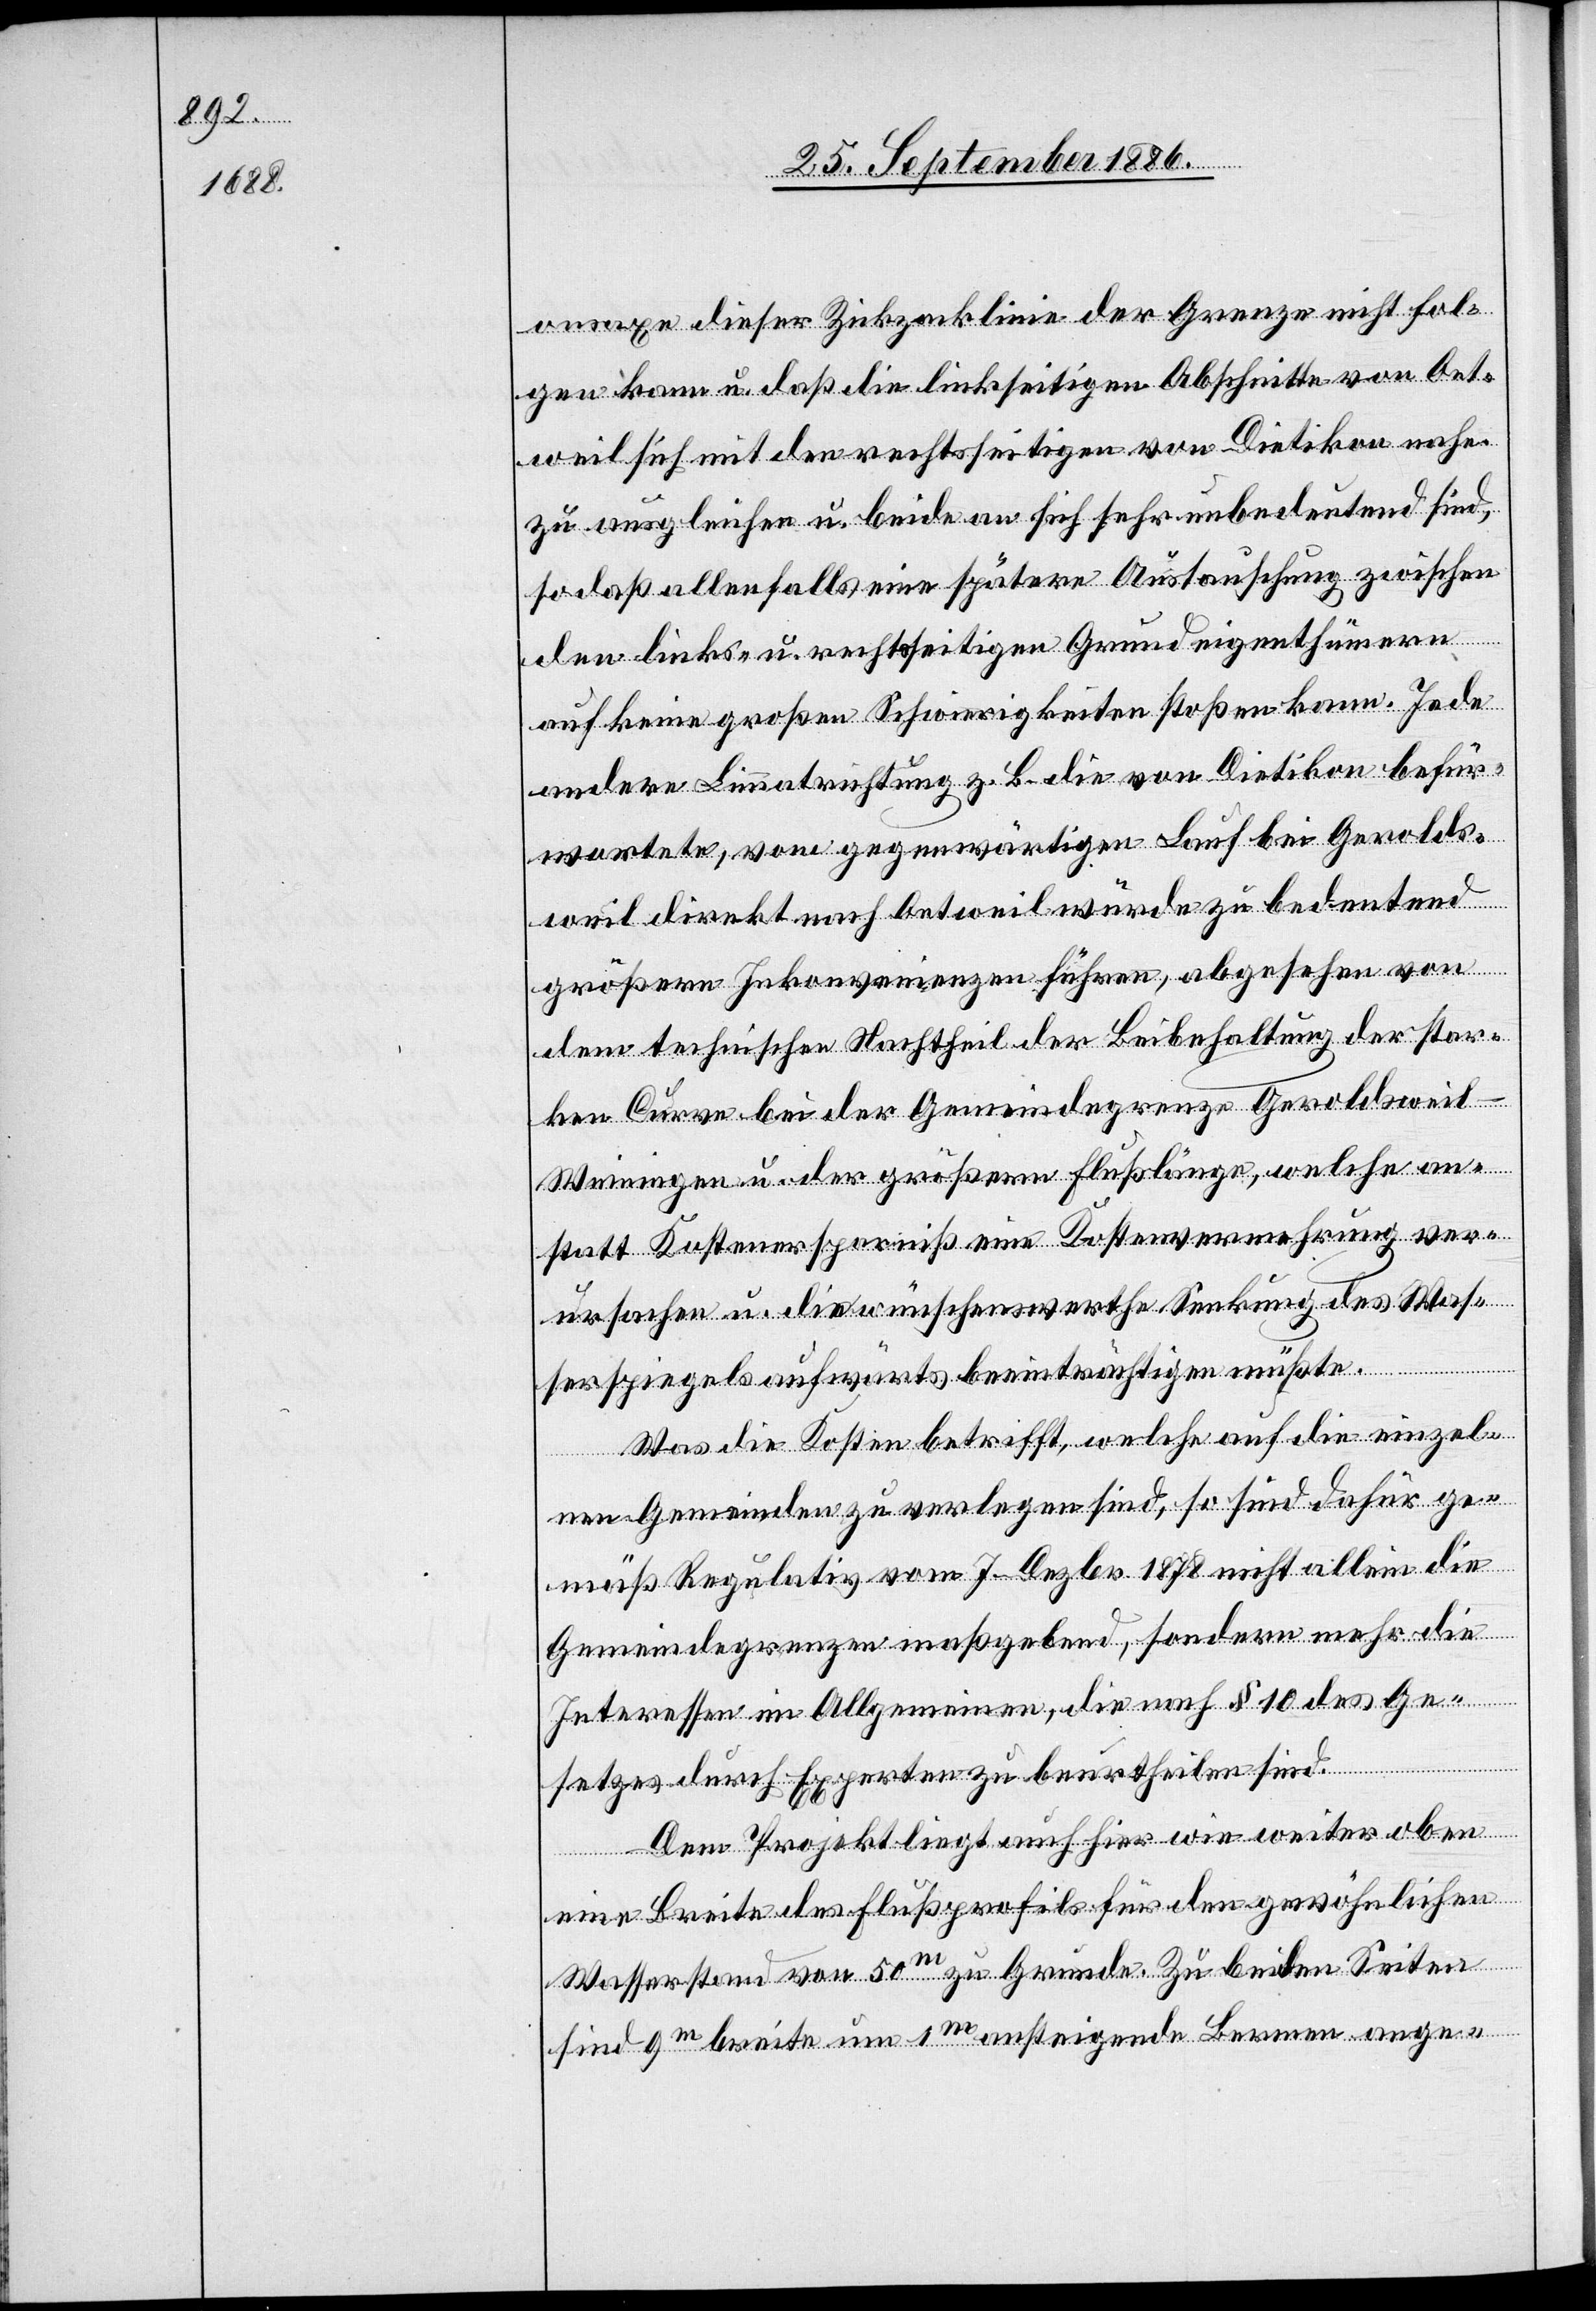
onsaxe dieser Zickzacklinie der Grenze nicht fol¬
gen kann u. daß die linkseitigen Abschnitte von Oet¬
weil sich mit den rechtsseitigen von Dietikon nahe¬
zu ausgleichen u. beide an sich sehr unbedeutend sind,
so daß allenfalls eine spätere Austauschung zwischen
den links- u. rechtsseitigen Grundeigenthümern
auf keine großen Schwierigkeiten stoßen kann. Jede
andere Limmatrichtung z. B. die von Dietikon befür¬
wortete, vom gegenwärtigen Lauf bei Gerolds¬
weil direkt nach Oetweil würde zu bedeutend
größern Inkonvenienzen führen, abgesehen von
dem technischen Nachtheil der Beibehaltung der star¬
ken Curve bei der Gemeindegrenze Geroldsweil
Weiningen u. der größern Flußlänge, welche an¬
statt Kostenersparniß eine Kostenvermehrung ver¬
ursachen u. die wünschenswerthe Senkung des Was¬
serspiegels aufwärts beeinträchtigen müßte.
Was die Kosten betrifft, welche auf die einzel¬
nen Gemeinden zu verlegen sind, so sind dafür ge¬
mäß Regulativ vom 7. Dezbr. 1878 nicht allein die
Gemeindegrenzen maßgebend, sondern mehr die
Interessen im Allgemeinen, die nach § 10 des Ge¬
setzes durch Experten zu beurtheilen sind.
Dem Projekt liegt auch hier wie weiter oben
eine Breite des Flußprofils für den gewöhnlichen
Wasserstand von 50m zu Grunde. Zu beiden Seiten
sind 9m breite um 1m ansteigende Bermen ange-